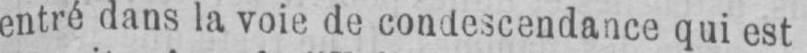
entré dans la voie de condescendance qui est